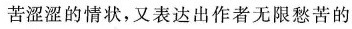
苦涩涩的情状，又表达出作者无限愁苦的